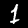
Label: 1